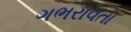
ગભરાવતા